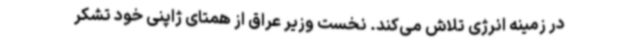
در زمینه انرژی تلاش می‌کند. نخست وزیر عراق از همتای ژاپنی خود تشکر